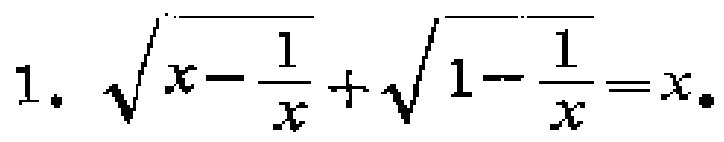
\(1.\ \sqrt{x - \frac{1}{x}}+\sqrt{1 - \frac{1}{x}} = x\)